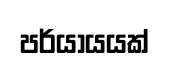
පර්යායයක්